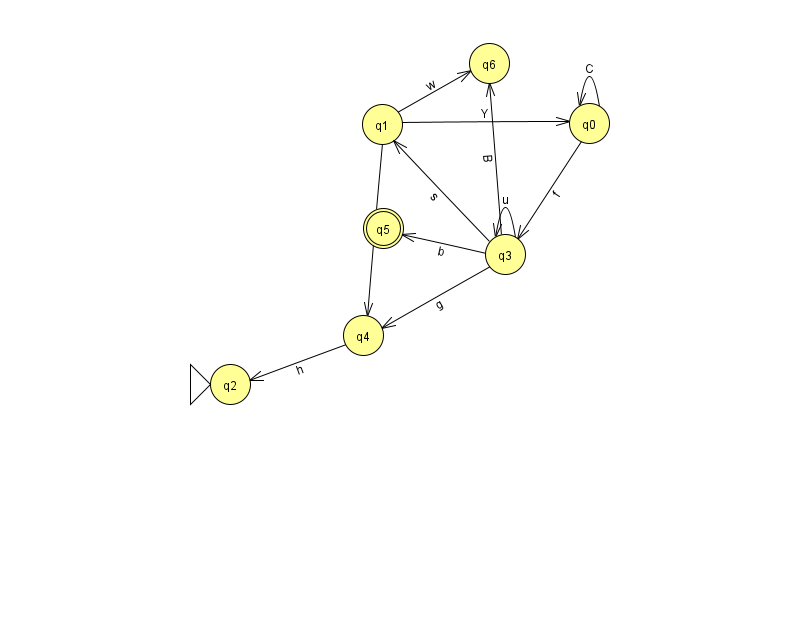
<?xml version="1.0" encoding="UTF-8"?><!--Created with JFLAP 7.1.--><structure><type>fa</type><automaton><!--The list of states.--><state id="0" name="q0"><x>589.0</x><y>110.0</y></state><state id="1" name="q1"><x>382.0</x><y>111.0</y></state><state id="2" name="q2"><x>230.0</x><y>371.0</y><initial/></state><state id="3" name="q3"><x>505.0</x><y>241.0</y></state><state id="4" name="q4"><x>363.0</x><y>322.0</y></state><state id="5" name="q5"><x>383.0</x><y>215.0</y><final/></state><state id="6" name="q6"><x>489.0</x><y>50.0</y></state><!--The list of transitions.--><transition><from>0</from><to>3</to><read>f</read></transition><transition><from>0</from><to>0</to><read>C</read></transition><transition><from>1</from><to>4</to><read>c</read></transition><transition><from>3</from><to>1</to><read>s</read></transition><transition><from>3</from><to>3</to><read>u</read></transition><transition><from>3</from><to>4</to><read>g</read></transition><transition><from>1</from><to>6</to><read>w</read></transition><transition><from>3</from><to>5</to><read>b</read></transition><transition><from>1</from><to>0</to><read>Y</read></transition><transition><from>3</from><to>6</to><read>B</read></transition><transition><from>4</from><to>2</to><read>h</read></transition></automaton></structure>